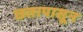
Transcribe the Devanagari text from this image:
छतापासून